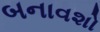
બનાવશો